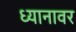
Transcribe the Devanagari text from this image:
ध्यानावर